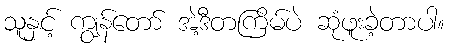
သူနှင့် ကျွန်တော် အဲ့ဒီတကြိမ်ပဲ ဆုံဖူးခဲ့တာပါ။